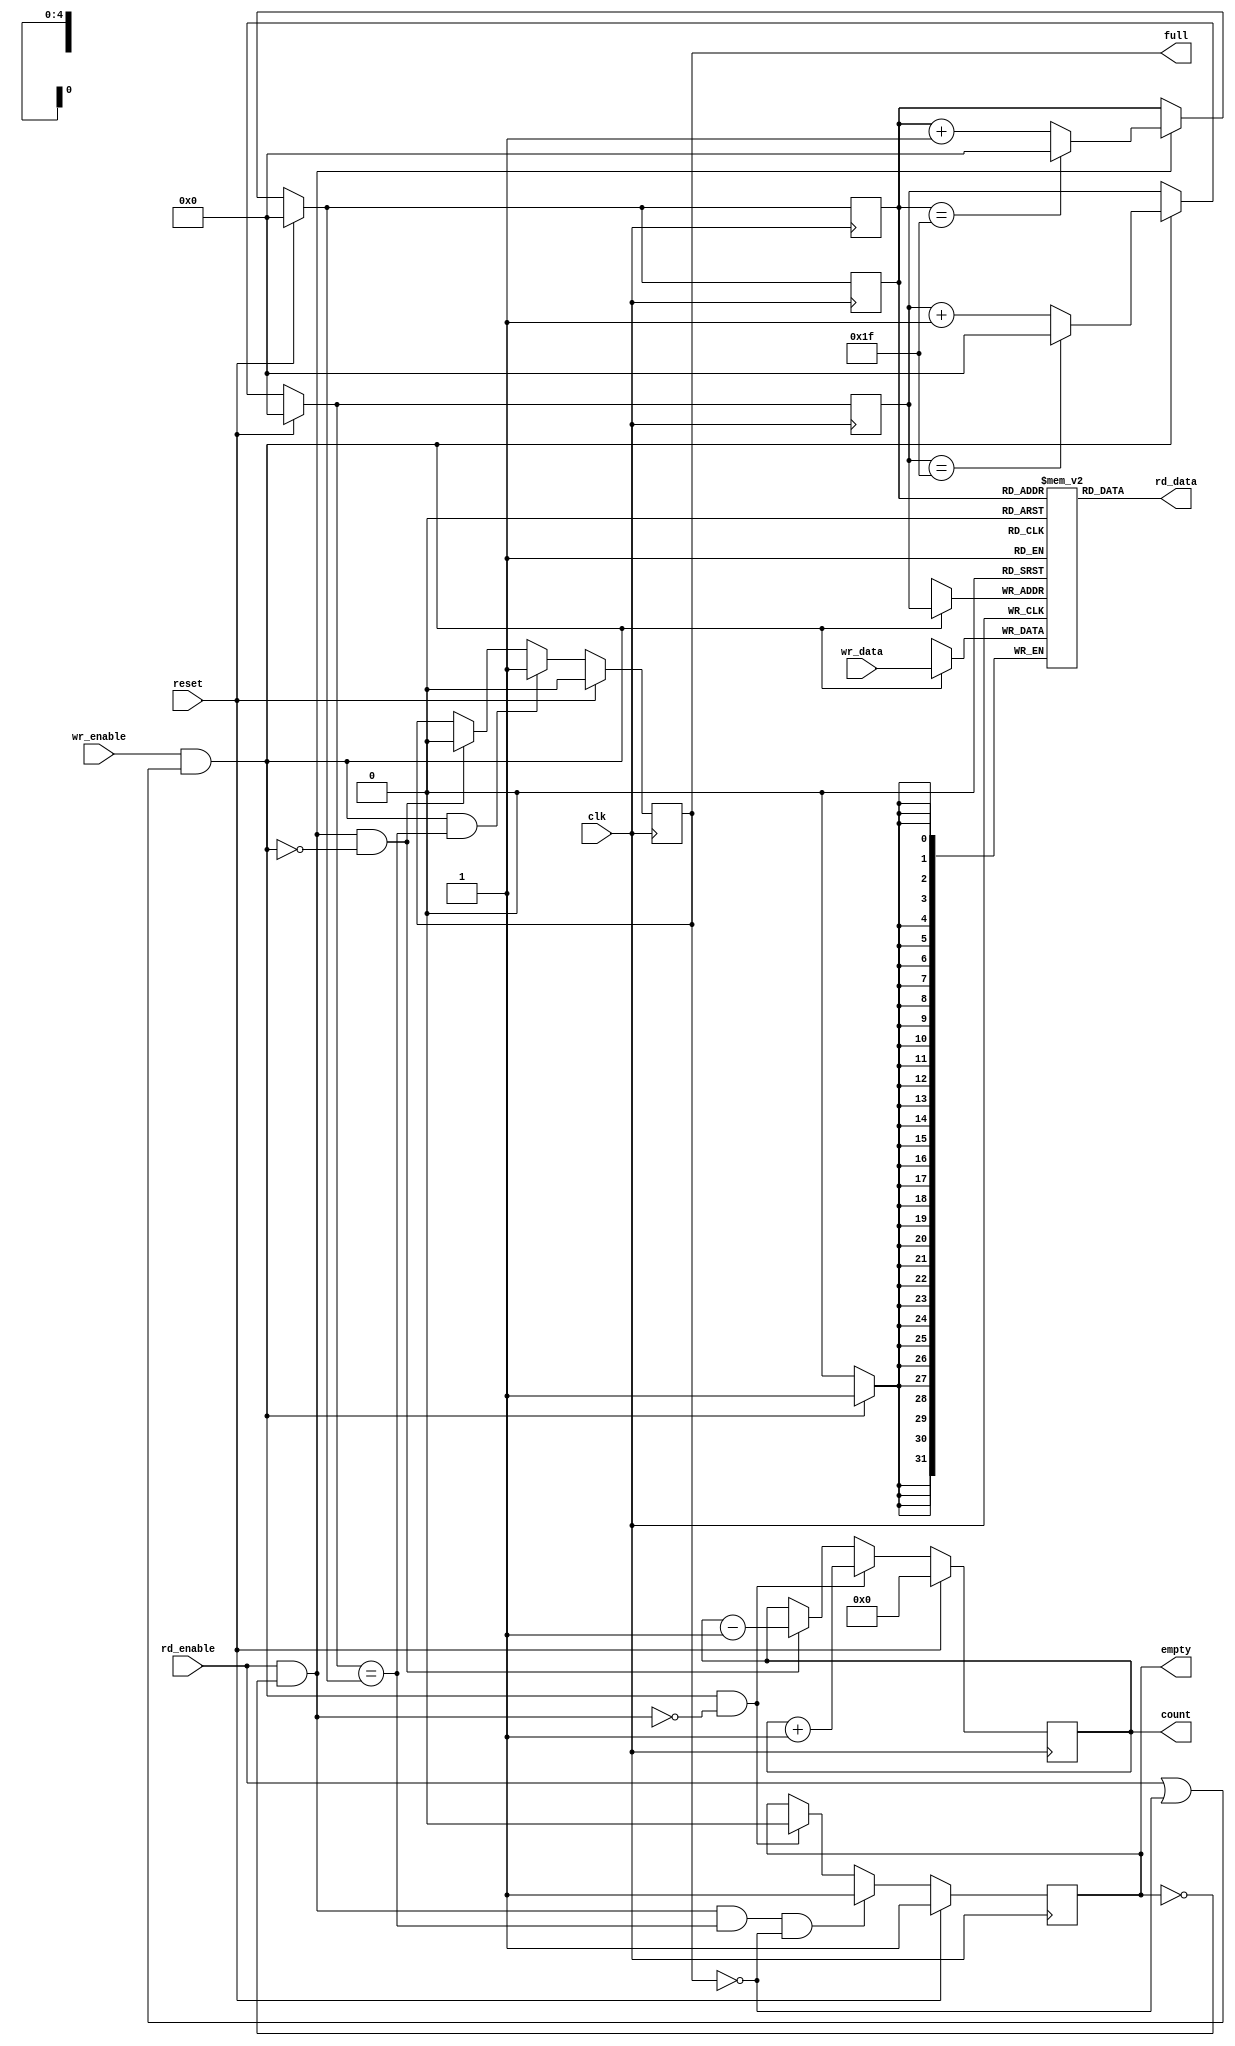
module sync_fifo
  #(
    parameter depth = 32,
    parameter width = 32,
    // Need the log of the parameters as parameters also due to an XST bug.
    parameter log2_depth = log2(depth),
    parameter log2_depthp1 = log2(depth+1)
    )
  (
   input clk,
   input reset,
   input wr_enable,
   input rd_enable,
   output reg empty,
   output reg full,
   output [width-1:0] rd_data,
   input [width-1:0] wr_data,
   output reg [log2_depthp1-1:0] count
   );

  // log2 -- return the log base 2 of value.
  function integer log2;
    input [31:0] value;
    begin
      value = value-1;
      for (log2=0; value>0; log2=log2+1)
	value = value>>1;
    end
  endfunction

  // increment -- add one to value modulo depth.
  function [log2_depth-1:0] increment;
    input [log2_depth-1:0] value;
    begin
      if (value == depth-1)
	increment = 0;
      else
	increment = value+1;
    end
  endfunction

  // writing -- true when we write to the RAM.
  wire writing = wr_enable && (rd_enable || !full);

  // reading -- true when we are reading from the RAM.
  wire reading = rd_enable && !empty;

  // rd_ptr -- the read pointer.
  reg [log2_depth-1:0] rd_ptr;

  // next_rd_ptr -- the next value for the read pointer.
  // We need to name this combinational value because it
  // is needed to use the write-before-read style RAM.
  reg [log2_depth-1:0] next_rd_ptr;
  always @(*)
    if (reset)
      next_rd_ptr = 0;
    else if (reading)
      next_rd_ptr = increment(rd_ptr);
    else
      next_rd_ptr = rd_ptr;

  always @(posedge clk)
    rd_ptr <= next_rd_ptr;

  // wr_ptr -- the write pointer
  reg [log2_depth-1:0] wr_ptr;

  // next_wr_ptr -- the next value for the write pointer.
  reg [log2_depth-1:0] next_wr_ptr;
  always @(*)
    if (reset)
      next_wr_ptr = 0;
    else if (writing)
      next_wr_ptr = increment(wr_ptr);
    else
      next_wr_ptr = wr_ptr;

  always @(posedge clk)
    wr_ptr <= next_wr_ptr;
      
  // count -- the number of valid entries in the FIFO.
  always @(posedge clk)
    if (reset)
      count <= 0;
    else if (writing && !reading)
      count <= count+1;
    else if (reading && !writing)
      count <= count-1;

  // empty -- true if the FIFO is empty.
  // Note that this doesn't depend on count so if the count
  // output is unused the logic for computing the count can
  // be optimized away.
  always @(posedge clk)
    if (reset)
      empty <= 1;
    else if (reading && next_wr_ptr == next_rd_ptr && !full)
      empty <= 1;
    else
      if (writing && !reading)
	empty <= 0;
  
  // full -- true if the FIFO is full.
  // Again, this is not dependent on count.
  always @(posedge clk)
    if (reset)
      full <= 0;
    else if (writing && next_wr_ptr == next_rd_ptr)
      full <= 1;
    else if (reading && !writing)
      full <= 0;
  
  // We need to infer a write first style RAM so that when 
  // the FIFO is empty the write data can flow through to
  // the read side and be available the next clock cycle.
  reg [width-1:0] mem [depth-1:0];
  always @(posedge clk)
    begin
      if (writing)
	mem[wr_ptr] <= wr_data;
      rd_ptr <= next_rd_ptr;
    end

  assign rd_data = mem[rd_ptr];

endmodule